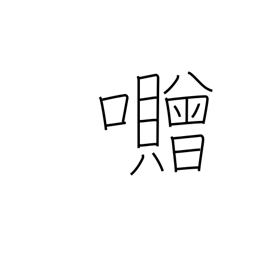
Meaning: used in place names